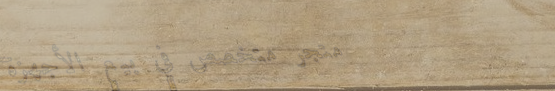
متجر متخصص في بيع الأجهزة